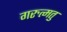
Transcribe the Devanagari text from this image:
गरुत्मतु